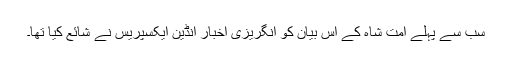
سب سے پہلے امت شاہ کے اس بیان کو انگریزی اخبار انڈین ایکسپریس نے شائع کیا تھا۔